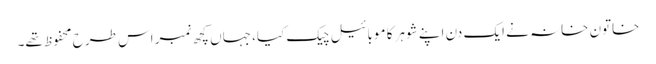
خاتون خانہ نے ایک دن اپنے شوہر کا موبائیل چیک کیا، جہاں کچھ نمبر اس طرح محفوظ تھے۔